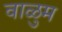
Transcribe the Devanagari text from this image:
वाळुम